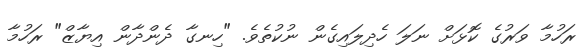
ރަހުމާ ވަރުގެ ކޮޅަށް ނަލަ ހެދިލައިގެން ނުކުތެވެ. "ހިނގާ ދެންދާން އިޔާޒް" ރަހުމާ